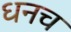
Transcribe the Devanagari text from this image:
धनच